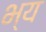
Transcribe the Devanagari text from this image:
भ्य